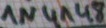
Text: 1N4148